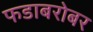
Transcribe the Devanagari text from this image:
फडाबरोबर